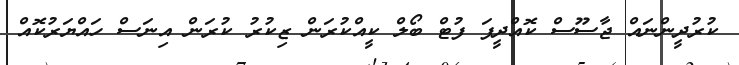
ކުރުދީންނައް ޖާސޫސް ކޮއްދީފަ ފުޓް ބޯލް ކީއްކުރަން ޒިކުރު ކުރަން އިނަސް ހައްޔަރުކޮއް